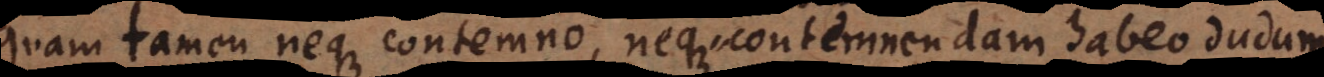
quam tamen neque contemno, neque contemnendam habeo dudum,